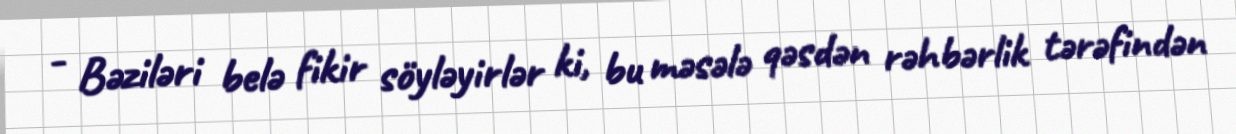
- Bəziləri belə fikir söyləyirlər ki, bu məsələ qəsdən rəhbərlik tərəfindən